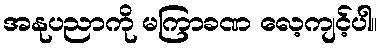
အနုပညာကို မကြာခဏ လေ့ကျင့်ပါ။